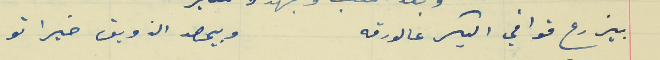
بيزرع قوافي البكر عالورقه                                         وبيحصد الذويق خيراتو